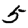
Digit: 5